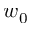
w _ { 0 }